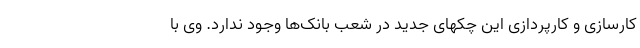
کارسازی و کارپردازی این چکهای جدید در شعب بانک‌ها وجود ندارد. وی با